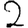
Digit: 2